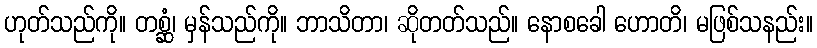
ဟုတ်သည်ကို။ တစ္ဆံ၊ မှန်သည်ကို။ ဘာသိတာ၊ ဆိုတတ်သည်။ နောစခေါ ဟောတိ၊ မဖြစ်သနည်း။